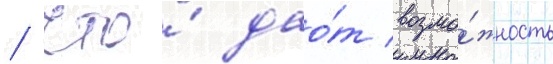
/ что́ дао́т возмо́жность